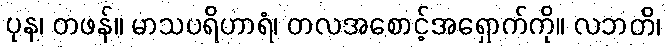
ပုန၊ တဖန်။ မာသပရိဟာရံ၊ တလအစောင့်အရှောက်ကို။ လဘတိ၊